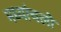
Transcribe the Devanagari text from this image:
मध्यांचलों